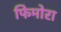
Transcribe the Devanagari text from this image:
फिमोरा